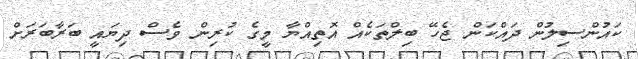
ކައުންސިލުން ދައްކަން ޖެހޭ ބިލްތަކެއް އޮތިއްޔާ މީގެ ކުރިން ވެސް ދިޔައީ ބަރާބަރަށް